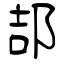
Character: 郆